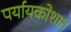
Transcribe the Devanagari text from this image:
पर्यायकोशात